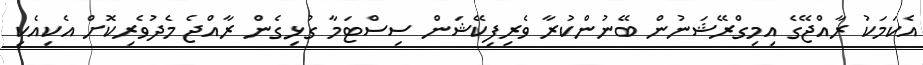
އެކަމަކު ރާއްޖޭގެ އިމިގްރޭޝަނުން ބޭނުންކުރާ ވެެރިފިކޭޝަން ސިސްޓަމާ ގުޅިގެން ރާއްޖެ މެދުވެރިކޮށް އެކިއެކި